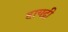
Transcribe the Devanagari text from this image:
हायद्री